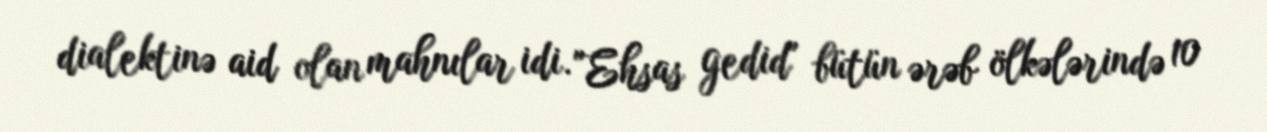
dialektinə aid olan mahnılar idi. "Ehsas gedid" bütün ərəb ölkələrində 10